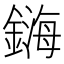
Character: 𲇜